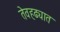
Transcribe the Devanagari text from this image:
तेवहढ्यात